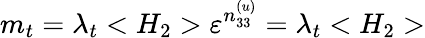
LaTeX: m_{t}=\lambda_{t}<H_{2}>\varepsilon^{n_{33}^{(u)}}=\lambda_{t}<H_{2}>